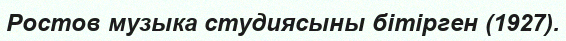
Ростов музыка студиясыны бітірген (1927).